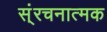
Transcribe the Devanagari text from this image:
स्ंरचनात्मक